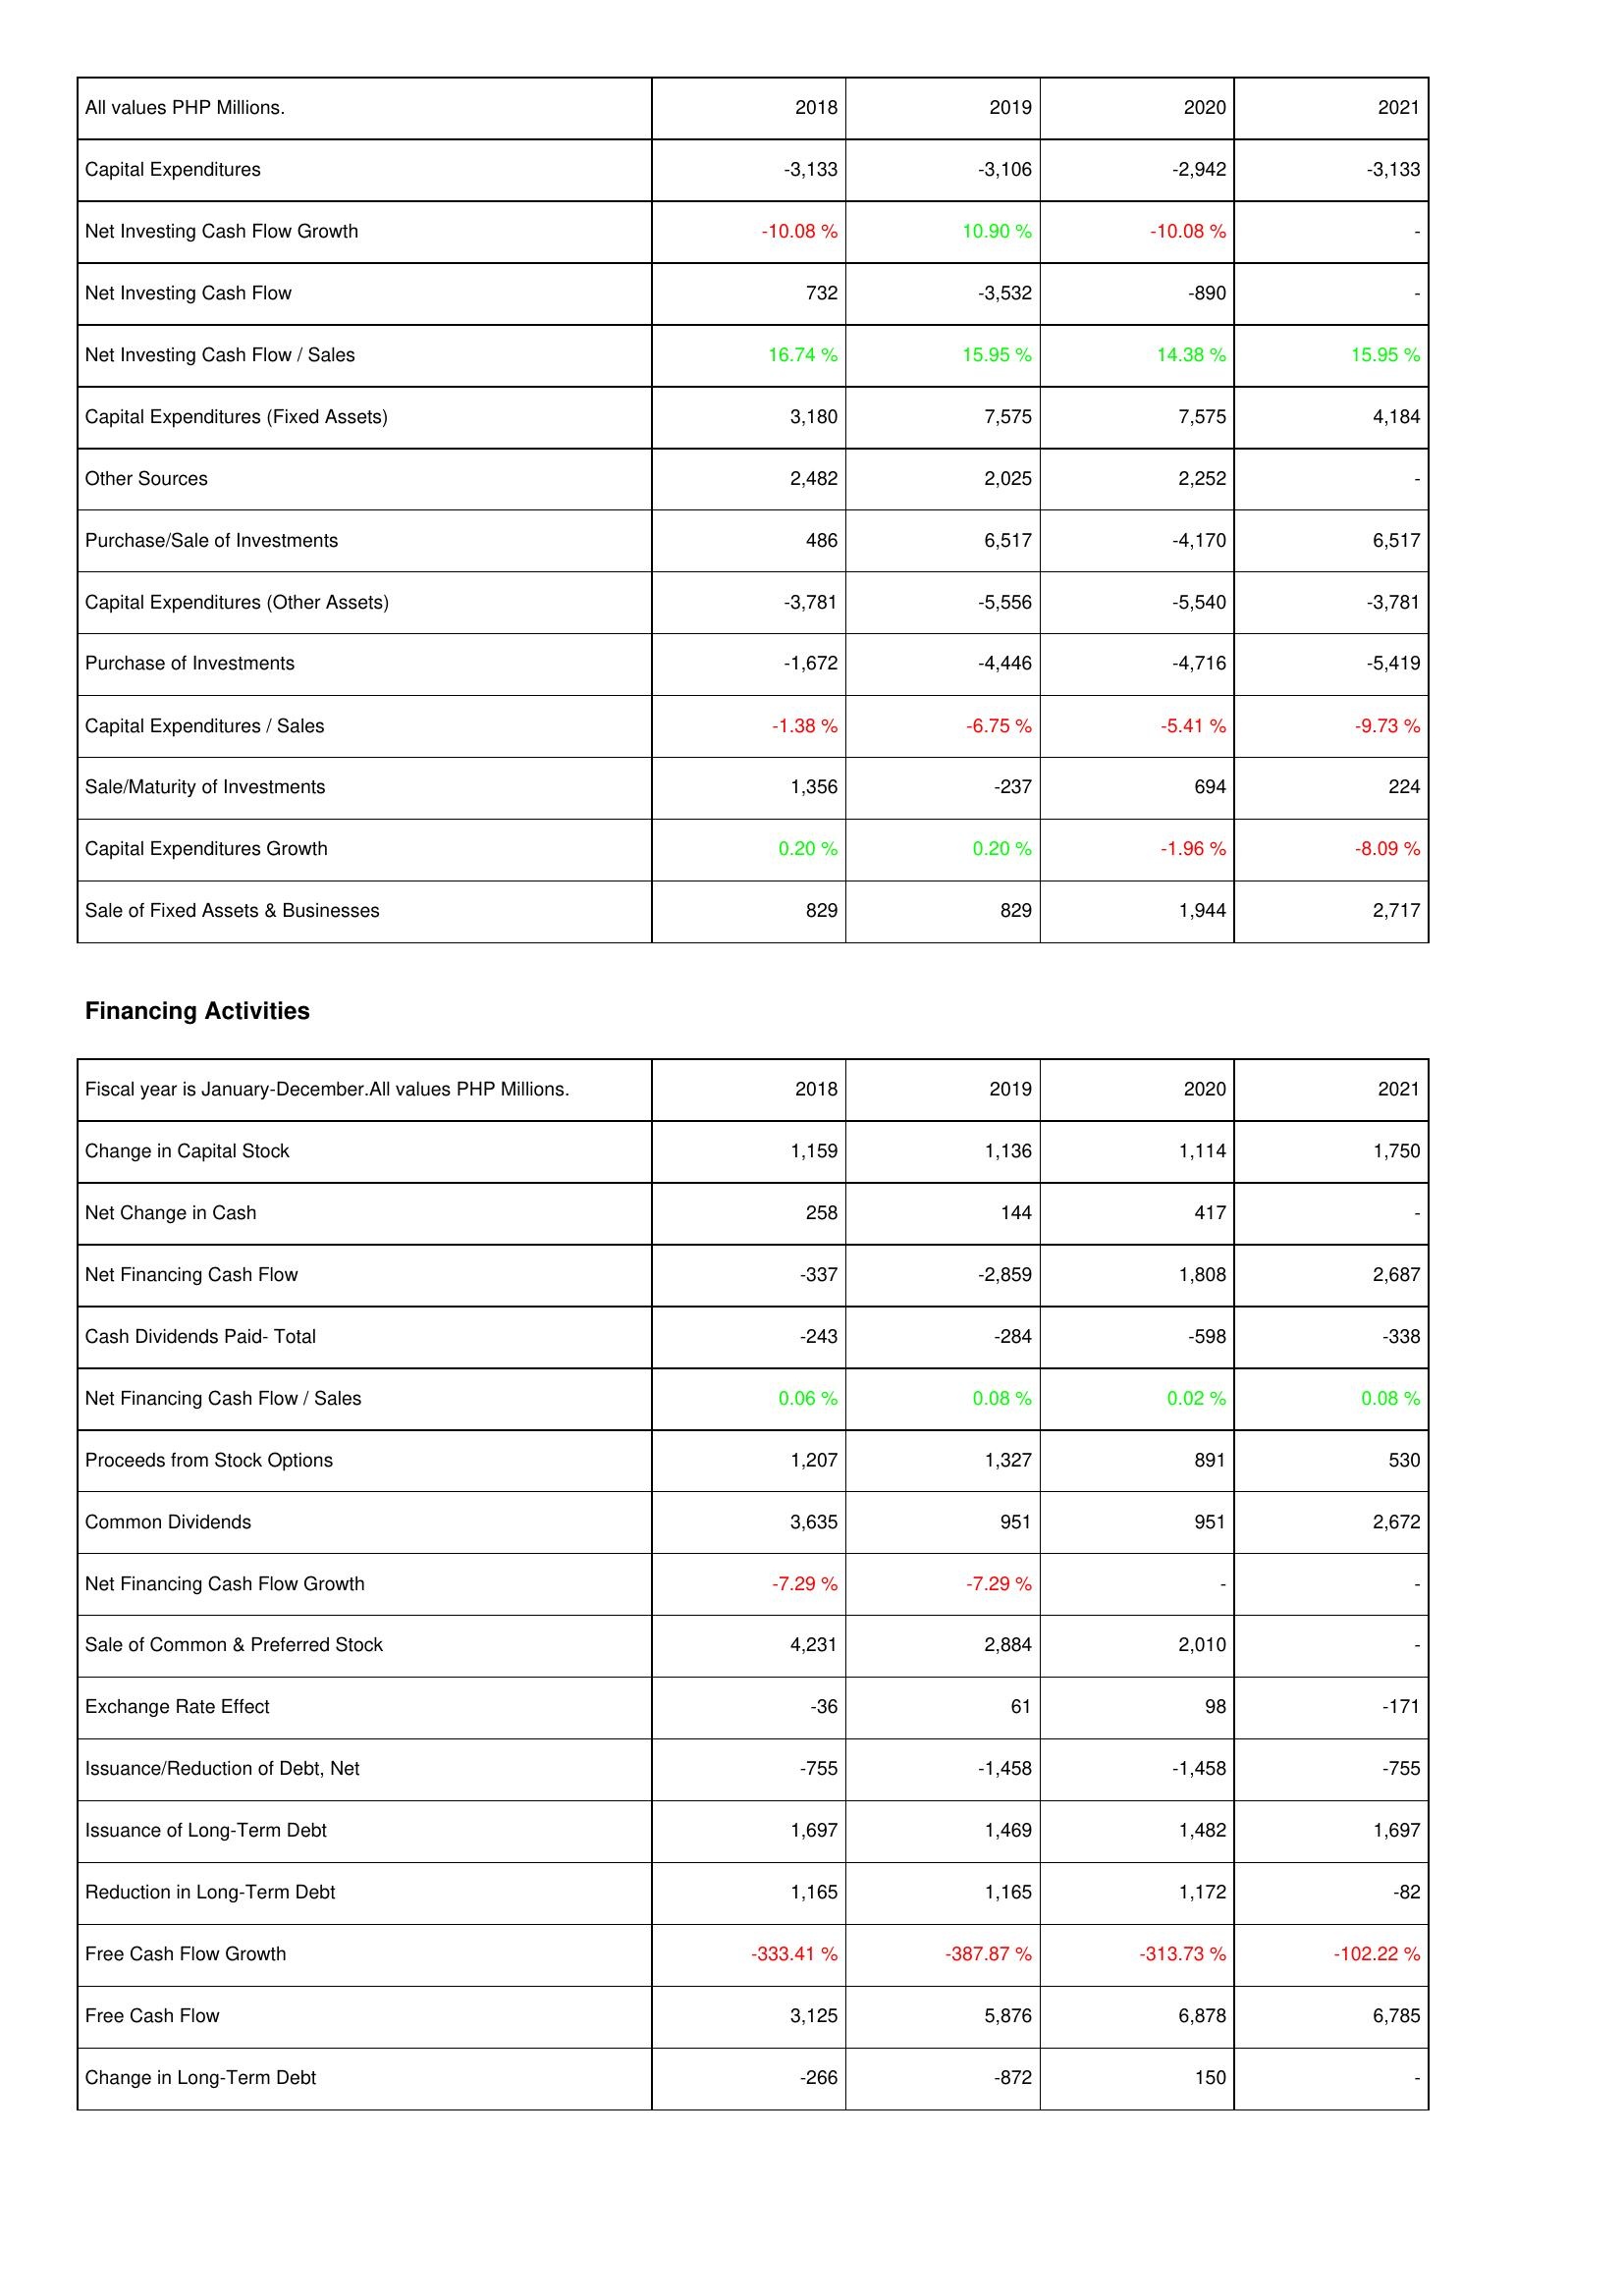
2018: Investing Activities: Capital Expenditures: -3,133
Net Investing Cash Flow Growth: -10.08 %
Net Investing Cash Flow: 732
Net Investing Cash Flow / Sales: 16.74 %
Capital Expenditures (Fixed Assets): 3,180
Other Sources: 2,482
Purchase/Sale of Investments: 486
Capital Expenditures (Other Assets): -3,781
Purchase of Investments: -1,672
Capital Expenditures / Sales: -1.38 %
Sale/Maturity of Investments: 1,356
Capital Expenditures Growth: 0.20 %
Sale of Fixed Assets & Businesses: 829
Financing Activities: Change in Capital Stock: 1,159
Net Change in Cash: 258
Net Financing Cash Flow: -337
Cash Dividends Paid- Total: -243
Net Financing Cash Flow / Sales: 0.06 %
Proceeds from Stock Options: 1,207
Common Dividends: 3,635
Net Financing Cash Flow Growth: -7.29 %
Sale of Common & Preferred Stock: 4,231
Exchange Rate Effect: -36
Issuance/Reduction of Debt, Net: -755
Issuance of Long-Term Debt: 1,697
Reduction in Long-Term Debt: 1,165
Free Cash Flow Growth: -333.41 %
Free Cash Flow: 3,125
Change in Long-Term Debt: -266
2019: Investing Activities: Capital Expenditures: -3,106
Net Investing Cash Flow Growth: 10.90 %
Net Investing Cash Flow: -3,532
Net Investing Cash Flow / Sales: 15.95 %
Capital Expenditures (Fixed Assets): 7,575
Other Sources: 2,025
Purchase/Sale of Investments: 6,517
Capital Expenditures (Other Assets): -5,556
Purchase of Investments: -4,446
Capital Expenditures / Sales: -6.75 %
Sale/Maturity of Investments: -237
Capital Expenditures Growth: 0.20 %
Sale of Fixed Assets & Businesses: 829
Financing Activities: Change in Capital Stock: 1,136
Net Change in Cash: 144
Net Financing Cash Flow: -2,859
Cash Dividends Paid- Total: -284
Net Financing Cash Flow / Sales: 0.08 %
Proceeds from Stock Options: 1,327
Common Dividends: 951
Net Financing Cash Flow Growth: -7.29 %
Sale of Common & Preferred Stock: 2,884
Exchange Rate Effect: 61
Issuance/Reduction of Debt, Net: -1,458
Issuance of Long-Term Debt: 1,469
Reduction in Long-Term Debt: 1,165
Free Cash Flow Growth: -387.87 %
Free Cash Flow: 5,876
Change in Long-Term Debt: -872
2020: Investing Activities: Capital Expenditures: -2,942
Net Investing Cash Flow Growth: -10.08 %
Net Investing Cash Flow: -890
Net Investing Cash Flow / Sales: 14.38 %
Capital Expenditures (Fixed Assets): 7,575
Other Sources: 2,252
Purchase/Sale of Investments: -4,170
Capital Expenditures (Other Assets): -5,540
Purchase of Investments: -4,716
Capital Expenditures / Sales: -5.41 %
Sale/Maturity of Investments: 694
Capital Expenditures Growth: -1.96 %
Sale of Fixed Assets & Businesses: 1,944
Financing Activities: Change in Capital Stock: 1,114
Net Change in Cash: 417
Net Financing Cash Flow: 1,808
Cash Dividends Paid- Total: -598
Net Financing Cash Flow / Sales: 0.02 %
Proceeds from Stock Options: 891
Common Dividends: 951
Net Financing Cash Flow Growth: -
Sale of Common & Preferred Stock: 2,010
Exchange Rate Effect: 98
Issuance/Reduction of Debt, Net: -1,458
Issuance of Long-Term Debt: 1,482
Reduction in Long-Term Debt: 1,172
Free Cash Flow Growth: -313.73 %
Free Cash Flow: 6,878
Change in Long-Term Debt: 150
2021: Investing Activities: Capital Expenditures: -3,133
Net Investing Cash Flow Growth: -
Net Investing Cash Flow: -
Net Investing Cash Flow / Sales: 15.95 %
Capital Expenditures (Fixed Assets): 4,184
Other Sources: -
Purchase/Sale of Investments: 6,517
Capital Expenditures (Other Assets): -3,781
Purchase of Investments: -5,419
Capital Expenditures / Sales: -9.73 %
Sale/Maturity of Investments: 224
Capital Expenditures Growth: -8.09 %
Sale of Fixed Assets & Businesses: 2,717
Financing Activities: Change in Capital Stock: 1,750
Net Change in Cash: -
Net Financing Cash Flow: 2,687
Cash Dividends Paid- Total: -338
Net Financing Cash Flow / Sales: 0.08 %
Proceeds from Stock Options: 530
Common Dividends: 2,672
Net Financing Cash Flow Growth: -
Sale of Common & Preferred Stock: -
Exchange Rate Effect: -171
Issuance/Reduction of Debt, Net: -755
Issuance of Long-Term Debt: 1,697
Reduction in Long-Term Debt: -82
Free Cash Flow Growth: -102.22 %
Free Cash Flow: 6,785
Change in Long-Term Debt: -